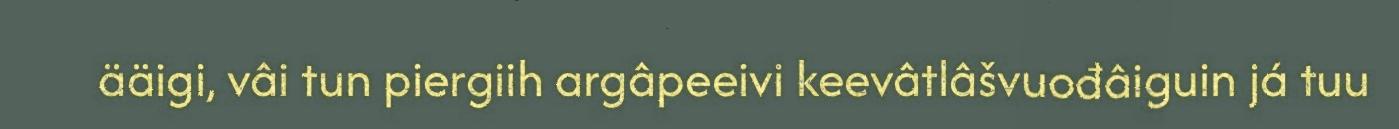
ääigi, vâi tun piergiih argâpeeivi keevâtlâšvuođâiguin já tuu